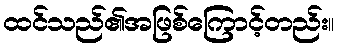
ထင်သည်၏အဖြစ်ကြောင့်တည်း။